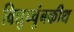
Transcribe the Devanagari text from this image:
विद्युच्चुंबकीथ